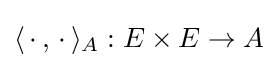
\langle \,\cdot \,,\,\cdot \,\rangle _{A}:E\times E\rightarrow A